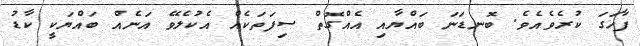
ފާހަގަ ކުރެވެއެވެ. ބޮނޑަނަ ބައްޔާއި އެއްގޮތް ސިފަތަކެއް އެކުލެވޭ އަނެއް ބައްޔަކީ ކާޑު